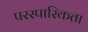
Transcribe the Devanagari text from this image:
परस्पारिकता